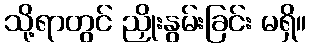
သို့ရာတွင် ညှိုးနွမ်းခြင်း မရှိ။